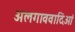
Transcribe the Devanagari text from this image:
अलगाववादिओं